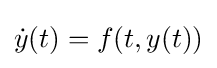
{\dot {y}}(t)=f(t,y(t))